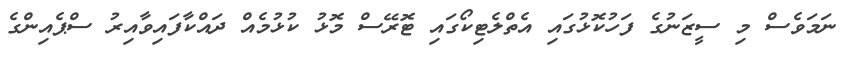
ނަމަވެސް މި ސީޒަނުގެ ފަހުކޮޅުގައި އެތްލެޓިކޯގައި ޓޮރޭސް މޮޅު ކުޅުމެއް ދައްކާފައިވާއިރު ސްޕެއިންގެ